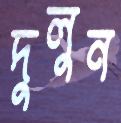
দুলুন